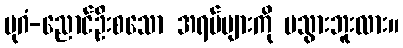
ပုဂံ-ညောင်ဦးစသော အရပ်များကို မသွားဘူးလား။